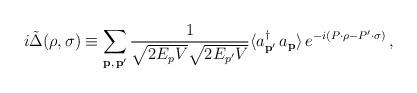
LaTeX: \begin{align*}i \tilde{\Delta} (\rho, \sigma) \equiv \sum_{{\bf p}, \, {\bf p}'} \frac{1}{\sqrt{2 E_p V} \sqrt{2 E_{p'} V}} \langle a^\dagger_{{\bf p}'} \, a_{\bf p} \rangle \, e^{- i (P \cdot \rho - P' \cdot \sigma)} \, ,\end{align*}